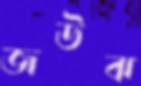
জঊঝ